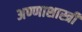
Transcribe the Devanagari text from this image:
अण्णाशास्त्री